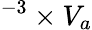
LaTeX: ^{-3}\times V_{a}